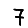
Digit: 7